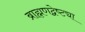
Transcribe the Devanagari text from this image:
ब्राह्मणद्वेष्ट्या